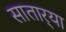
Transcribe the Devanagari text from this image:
सातार्‍या